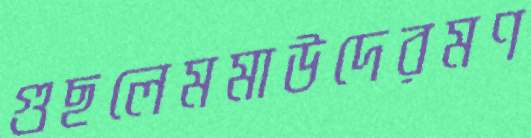
গুছলেমমাউদেরমণ